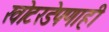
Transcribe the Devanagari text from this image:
खोटरडेपणाही